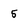
Character: 5